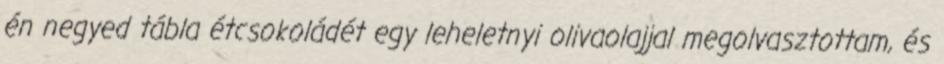
én negyed tábla étcsokoládét egy leheletnyi olivaolajjal megolvasztottam, és